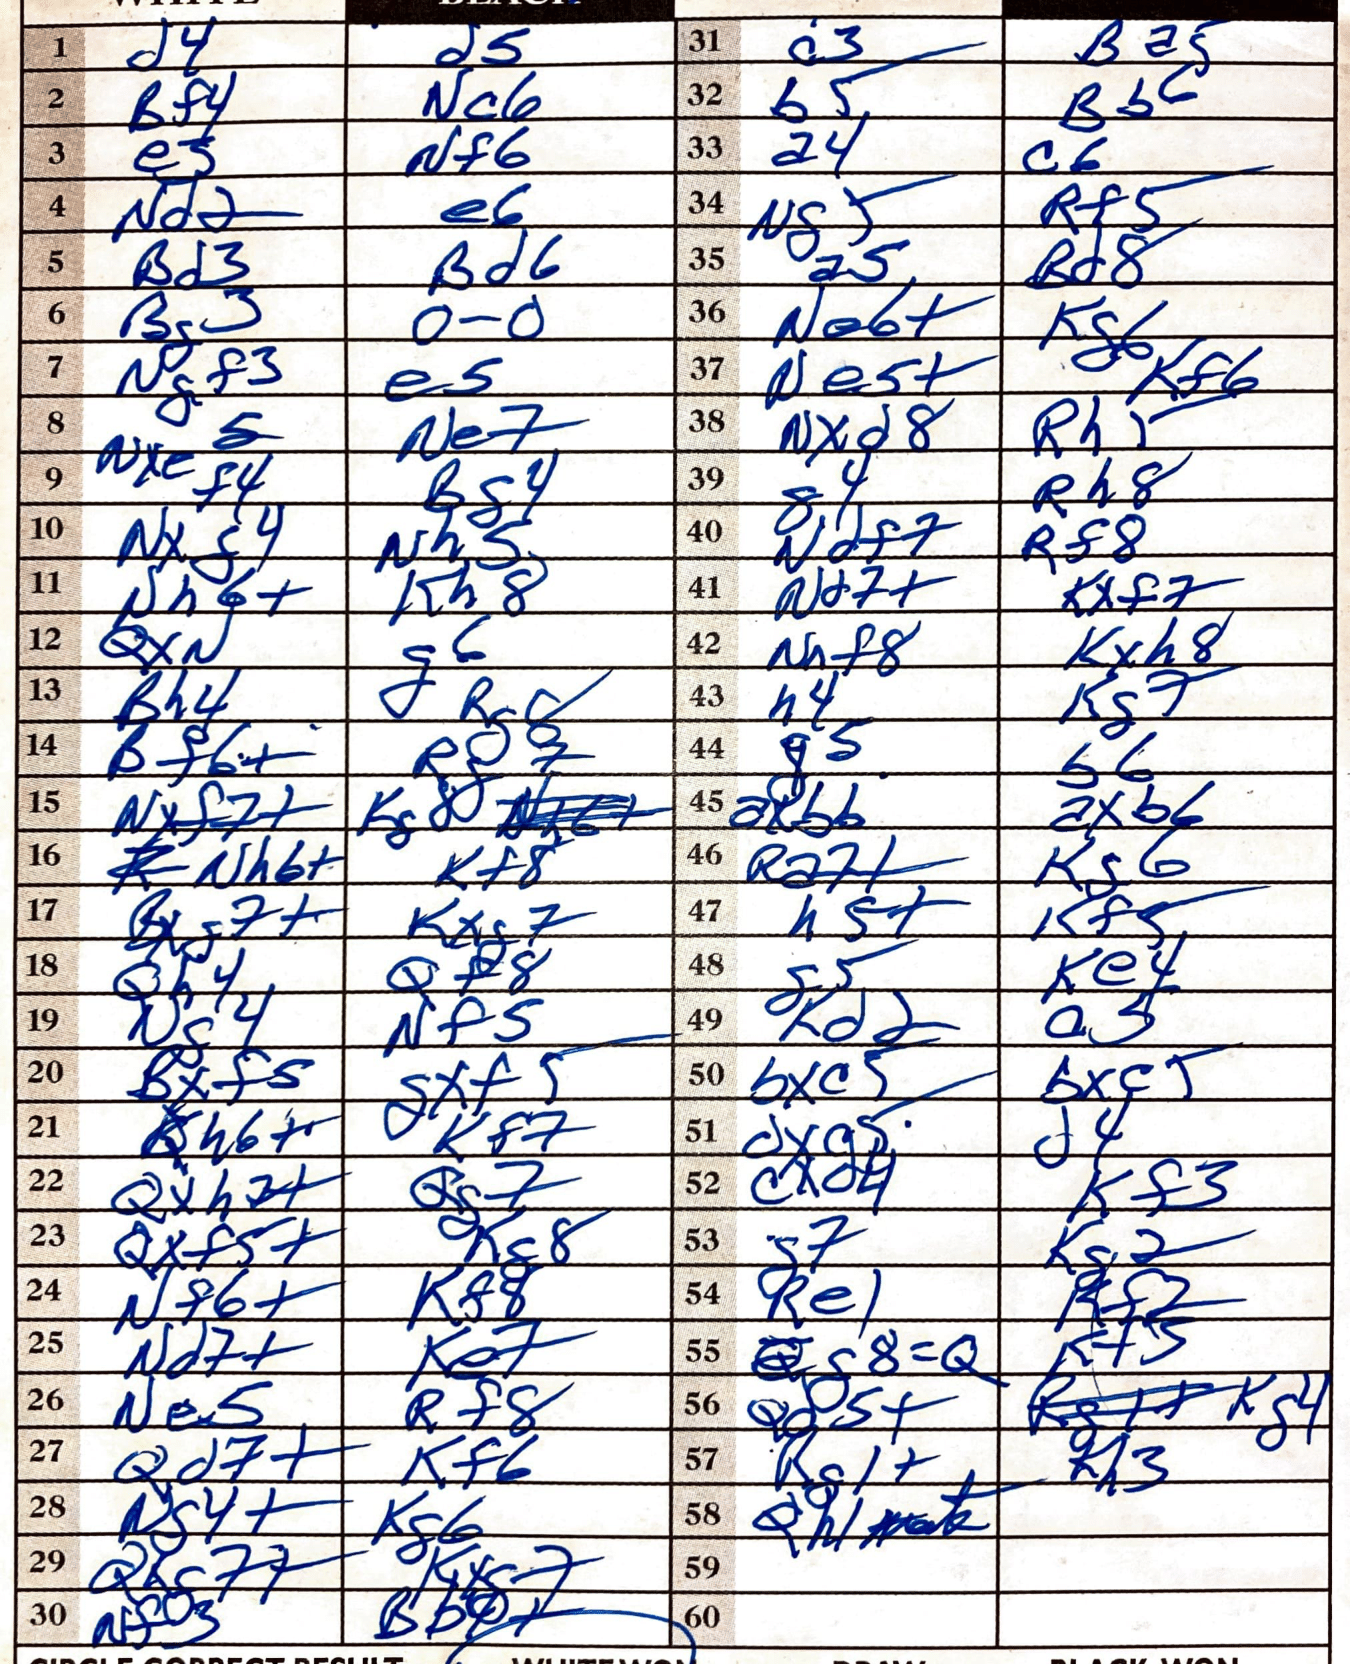
Moves: d4 d5 Bf4 Nc6 e5 Nf6 Nd2 e6 Bd3 Bd6 Bg3 O-O Ngf3 e5 Ne7 Bg4 Nxg4 Nh5 Nh6+ Kh8 QxN g6 Bh4 Bf6+ Nxf7+ Nh6+ Kf8 Bxg7+ Kxg7 Qh4 Qf8 Ng4 Nf5 Bxf5 gxf5 Rh6+ Kf7 Qxh7+ Qg7 Qxf5+ Kg8 Nf6+ Kf8 Nd7+ Ke7 Ne5 Rf8 Qd7+ Kf6 Ng4+ Kg6 Qxg7+ Kxg7 Nf3 a3 Ba5 b5 Bb6 a4 c6 Ng5 Rf5 a5 Bd8 Ne6+ Kg6 Ne5+ Kf6 Nxd8 Rh5 g4 Rh8 Ndf7 Rf8 Nd7+ Kxf7 Nf8 Kxh8 h4 Kg7 g5 b6 axb6 axb6 Ra7+ Kg6 h5+ Kf5 g5 Ke4 Kd2 a5 bxc5 bxc5 dxg5 d4 cxd4 Bf3 g7 Bg2 Re1 Kf2 g8=Q Kf5 Qd5+ Kg4 Rg1+ Kh3 Qh1